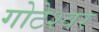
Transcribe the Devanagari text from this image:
गोटेश्वर